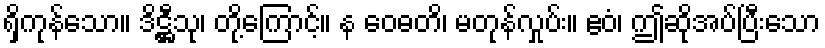
ရှိကုန်သော။ ဒိဋ္ဌီသု၊ တို့ကြောင့်။ န ဝေဓတိ၊ မတုန်လှုပ်း။ ဧဝံ၊ ဤဆိုအပ်ပြီးသော